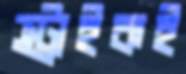
স্ট্রাইকই